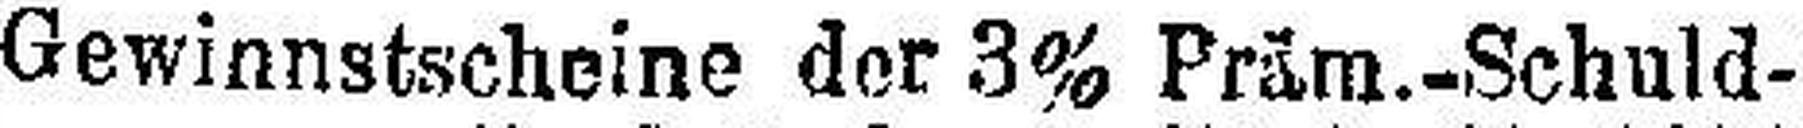
Gewinnstscheine der 3% Präm.-Schuld-